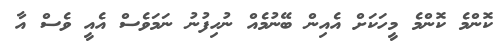
ކޮންމެ ކޮންމެ މީހަކަށް އެއިން ބޭނުމެއް ނުހިފުނު ނަމަވެސް އެއީ ވެސް އާ